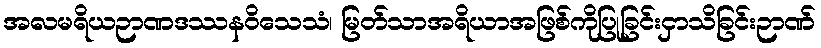
အလမရိယဉာဏဒဿနဝိသေသံ၊ မြတ်သာအရိယာအဖြစ်ကိုပြုခြင်းငှာသိခြင်းဉာဏ်